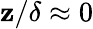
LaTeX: \mathbf{z}/\delta\approx0